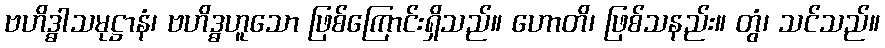
ဗဟိဒ္ဓာသမုဋ္ဌာနံ၊ ဗဟိဒ္ဓဟူသော ဖြစ်ကြောင်းရှိသည်။ ဟောတိ၊ ဖြစ်သနည်း။ တွံ၊ သင်သည်။